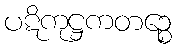
ပဋိကုဋ္ဌကတဉ္စေ